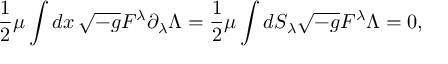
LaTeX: { \frac { 1 } { 2 } } \mu \int d x \, \sqrt { - g } F ^ { \lambda } \partial _ { \lambda } \Lambda = { \frac { 1 } { 2 } } \mu \int d S _ { \lambda } \sqrt { - g } F ^ { \lambda } \Lambda = 0 ,